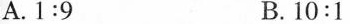
A. $$1 : 9$$ B. $$1 0 : 1$$